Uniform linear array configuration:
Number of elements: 24
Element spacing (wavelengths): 0.5
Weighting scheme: hamming
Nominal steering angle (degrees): -15
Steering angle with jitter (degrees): -14.976
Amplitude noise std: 0.05
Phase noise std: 0.05

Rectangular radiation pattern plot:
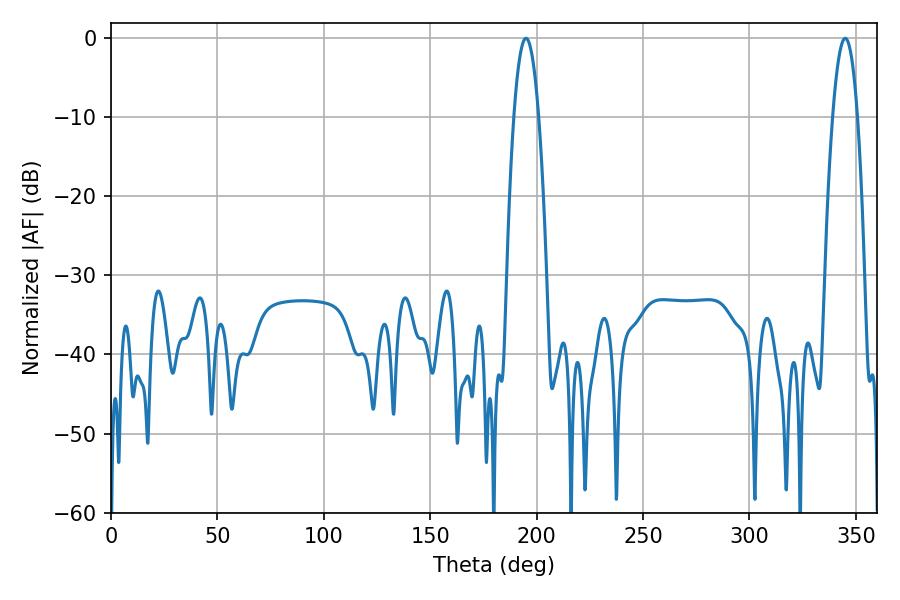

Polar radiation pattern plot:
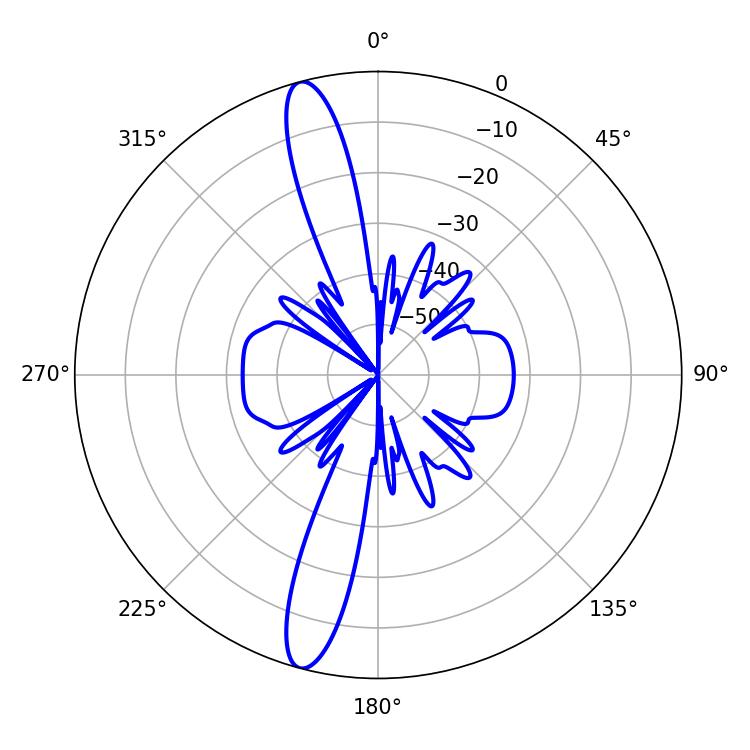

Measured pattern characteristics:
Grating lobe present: FALSE
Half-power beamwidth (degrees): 6.3
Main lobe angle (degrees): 194.94